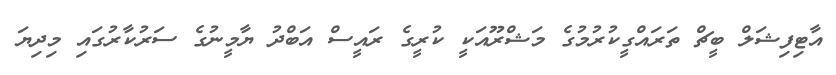
އާޓިފިޝަލް ބީޗް ތަރައްގީކުރުމުގެ މަޝްރޫއަކީ ކުރީގެ ރައީސް އަބްދު ޔާމީނުގެ ސަރުކާރުގައި މިދިޔަ